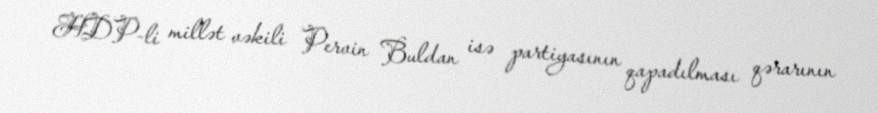
HDP-li millət vəkili Pervin Buldan isə partiyasının qapadılması qərarının